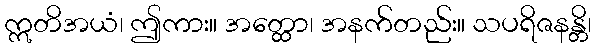
ဣတိအယံ၊ ဤကား။ အတ္ထော၊ အနက်တည်း။ သပရိဇနန္တိ၊